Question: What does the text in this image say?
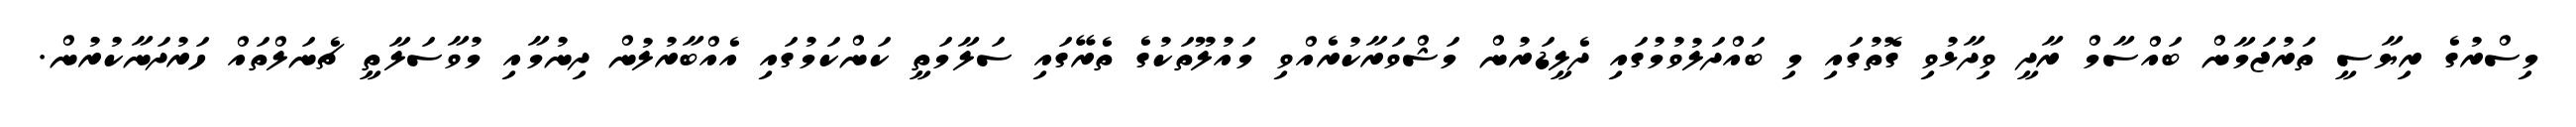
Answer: މިސްރުގެ ރިޔާސީ ތަރުޖަމާން ބައްސާމް ރާދީ ވިދާޅުވި ގޮތުގައި މި ބައްދަލުވުމުގައި ދެލީޑަރުން މަޝްވަރާކުރެއްވި މައުލޫތަކުގެ ތެރޭގައި ސަލާމަތީ ކަންކަމުގައި އެއްބާރުލުން ދިނުމާއި މުވާސަލާތީ ޗެނަލްތައް ހަރުދަނާކުރުން.